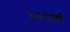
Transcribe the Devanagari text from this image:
१६९वां